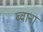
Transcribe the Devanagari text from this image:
ब्वाना